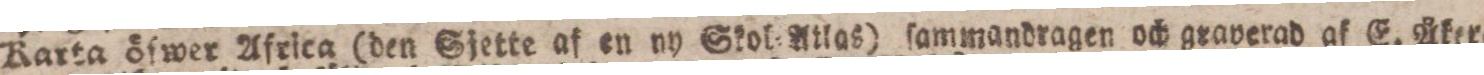
Karta öfwer Africa (den Sjette af en ny Skol=Atlas) ſammandragen och graverad af E. Åker=